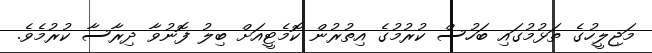
މަޖިލީހުގެ ތަޅުމުގައި ބަހުސް ކުރުމުގެ އިތުރުން ކޮމެޓީއަށް ބިލު ފޮނުވާ ދިރާސާ ކުރުމެވެ.